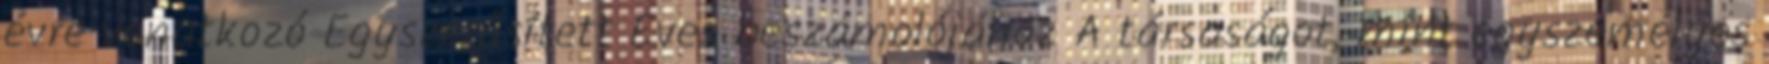
évre vonatkozó Egyszerűsített Éves beszámolójához A társaságot, mint egyszemélyes